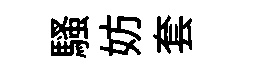
騷妨套